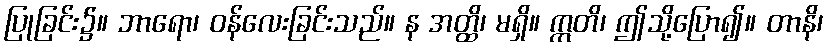
ပြုခြင်း၌။ ဘာရော၊ ဝန်လေးခြင်းသည်။ န အတ္ထိ၊ မရှိ။ ဣတိ၊ ဤသို့ပြော၍။ တာနိ၊